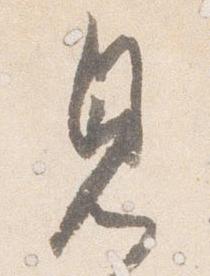
見